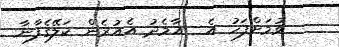
ވުމަށްފަހު އެ  އާމެދު އެއުރެން ކަލޭގެފާނާ